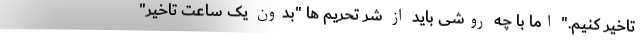
تاخیر کنیم." اما با چه روشی باید از شر تحریم ها "بدون یک ساعت تاخیر"